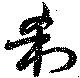
刹